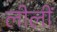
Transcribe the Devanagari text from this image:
लीलीं